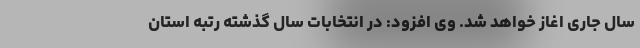
سال جاری اغاز خواهد شد. وی افزود: در انتخابات سال گذشته رتبه استان